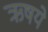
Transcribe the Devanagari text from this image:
ऋषये